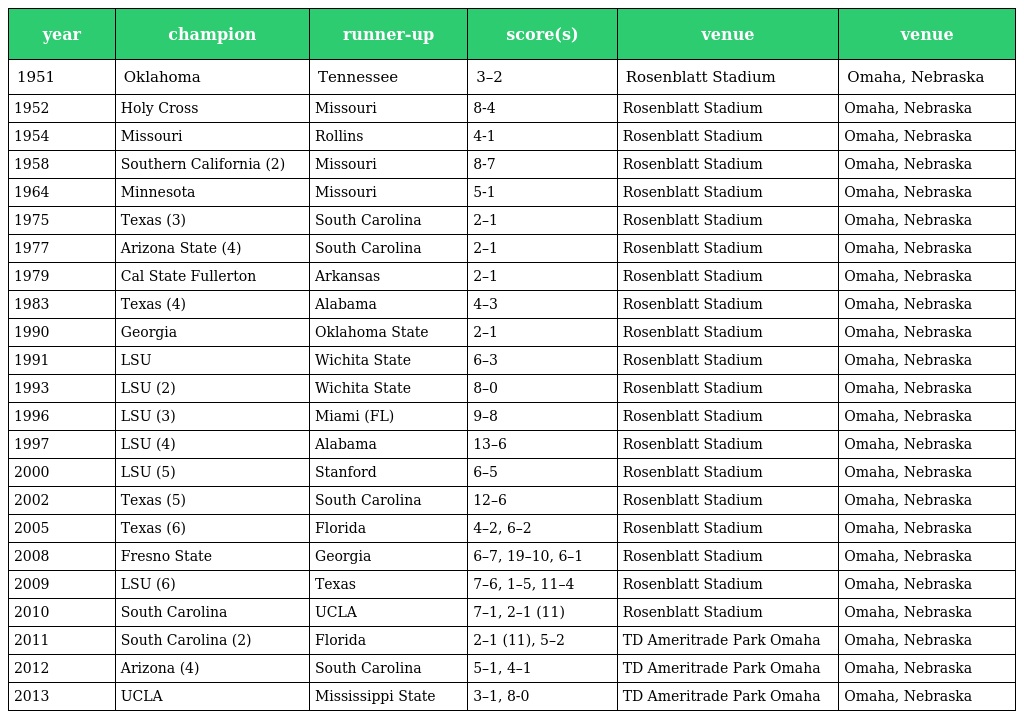
| year | champion | runner-up | score(s) | venue | venue |
 | --- | --- | --- | --- | --- | --- |
 | 1951 | Oklahoma | Tennessee | 3–2 | Rosenblatt Stadium | Omaha, Nebraska |
 | 1952 | Holy Cross | Missouri | 8-4 | Rosenblatt Stadium | Omaha, Nebraska |
 | 1954 | Missouri | Rollins | 4-1 | Rosenblatt Stadium | Omaha, Nebraska |
 | 1958 | Southern California (2) | Missouri | 8-7 | Rosenblatt Stadium | Omaha, Nebraska |
 | 1964 | Minnesota | Missouri | 5-1 | Rosenblatt Stadium | Omaha, Nebraska |
 | 1975 | Texas (3) | South Carolina | 2–1 | Rosenblatt Stadium | Omaha, Nebraska |
 | 1977 | Arizona State (4) | South Carolina | 2–1 | Rosenblatt Stadium | Omaha, Nebraska |
 | 1979 | Cal State Fullerton | Arkansas | 2–1 | Rosenblatt Stadium | Omaha, Nebraska |
 | 1983 | Texas (4) | Alabama | 4–3 | Rosenblatt Stadium | Omaha, Nebraska |
 | 1990 | Georgia | Oklahoma State | 2–1 | Rosenblatt Stadium | Omaha, Nebraska |
 | 1991 | LSU | Wichita State | 6–3 | Rosenblatt Stadium | Omaha, Nebraska |
 | 1993 | LSU (2) | Wichita State | 8–0 | Rosenblatt Stadium | Omaha, Nebraska |
 | 1996 | LSU (3) | Miami (FL) | 9–8 | Rosenblatt Stadium | Omaha, Nebraska |
 | 1997 | LSU (4) | Alabama | 13–6 | Rosenblatt Stadium | Omaha, Nebraska |
 | 2000 | LSU (5) | Stanford | 6–5 | Rosenblatt Stadium | Omaha, Nebraska |
 | 2002 | Texas (5) | South Carolina | 12–6 | Rosenblatt Stadium | Omaha, Nebraska |
 | 2005 | Texas (6) | Florida | 4–2, 6–2 | Rosenblatt Stadium | Omaha, Nebraska |
 | 2008 | Fresno State | Georgia | 6–7, 19–10, 6–1 | Rosenblatt Stadium | Omaha, Nebraska |
 | 2009 | LSU (6) | Texas | 7–6, 1–5, 11–4 | Rosenblatt Stadium | Omaha, Nebraska |
 | 2010 | South Carolina | UCLA | 7–1, 2–1 (11) | Rosenblatt Stadium | Omaha, Nebraska |
 | 2011 | South Carolina (2) | Florida | 2–1 (11), 5–2 | TD Ameritrade Park Omaha | Omaha, Nebraska |
 | 2012 | Arizona (4) | South Carolina | 5–1, 4–1 | TD Ameritrade Park Omaha | Omaha, Nebraska |
 | 2013 | UCLA | Mississippi State | 3–1, 8-0 | TD Ameritrade Park Omaha | Omaha, Nebraska |